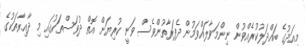
މިއަދުގެ ބައްދަލުކުރެއްވުން ނިންމަވާލައްވަމުން ދެފަރާތުންވެސް ވަނީ ކުރިޔަށް އޮތް ދުވަސްތަކުގައި މި ދާއިރާތަކުގެ